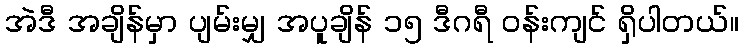
အဲဒီ အချိန်မှာ ပျမ်းမျှ အပူချိန် ၁၅ ဒီဂရီ ဝန်းကျင် ရှိပါတယ်။